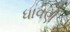
ધાવણ